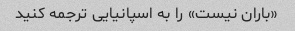
«باران نیست» را به اسپانیایی ترجمه کنید